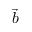
\vec { b }